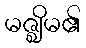
မဇ္ဈိမ၏